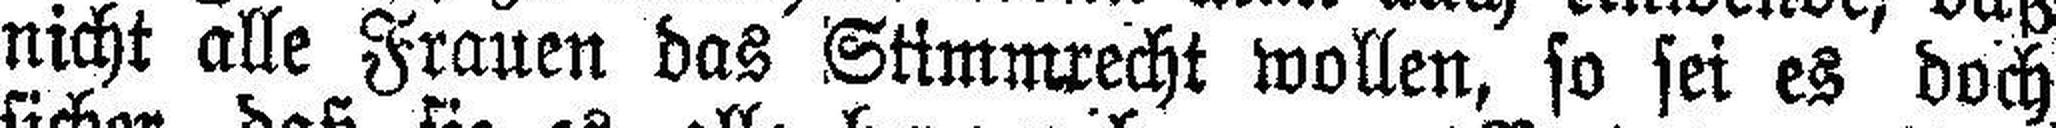
nicht alle Frauen das Stimmrecht wollen, so sei es doch